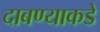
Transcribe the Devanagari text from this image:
दाबण्याकडे